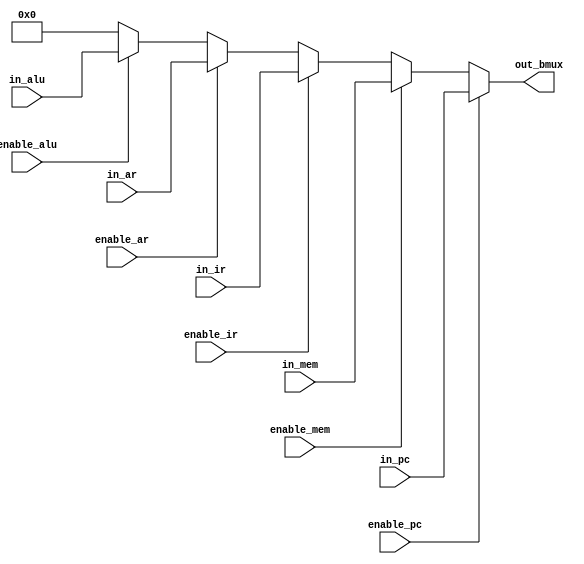

// Bus Multiplexer

module bus_mux (input  wire [7:0] in_pc,
                input  wire [7:0] in_mem,
                input  wire [7:0] in_ir,
                input  wire [7:0] in_ar,
                input  wire [7:0] in_alu,
                input  wire       enable_pc,
                input  wire       enable_mem,
                input  wire       enable_ir,
                input  wire       enable_ar,
                input  wire       enable_alu,
                output wire [7:0] out_bmux);


assign out_bmux = enable_pc  ? in_pc  :
                  enable_mem ? in_mem : 
                  enable_ir  ? in_ir  :
                  enable_ar  ? in_ar  :
                  enable_alu ? in_alu : 0;

endmodule